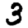
Digit: 3